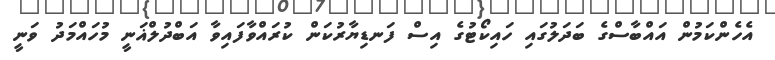
އެހެންކަމުން އައްބާސްގެ ބަދަލުގައި ހައިކޯޓުގެ އިސް ފަނޑިޔާރުކަން ކުރައްވާފައިވާ އަބްދުލްޣަނީ މުހައްމަދު ވަނީ